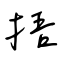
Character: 捂